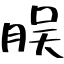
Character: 脵